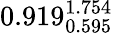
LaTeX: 0.919_{0.595}^{1.754}